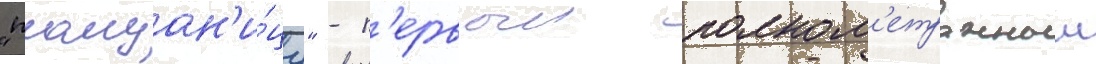
"плащан'и́цу" - п'ервыи полном'етражныи